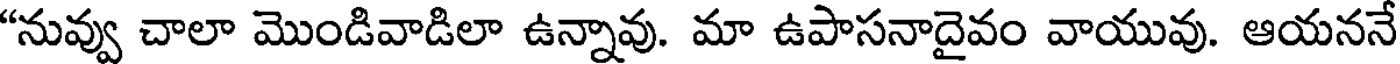
"నువ్వు చాలా మొండివాడిలా ఉన్నావు. మా ఉపాసనాదైవం వాయువు. ఆయననే